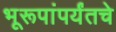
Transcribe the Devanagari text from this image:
भूरूपांपर्यंतचे